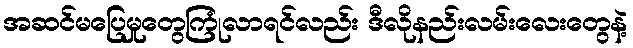
အဆင်မပြေမှုတွေကြုံလာရင်လည်း ဒီလိုနည်းလမ်းလေးတွေနဲ့